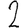
Digit: 2